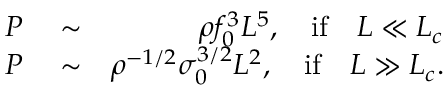
\begin{array} { r l r } { P } & { { } \sim } & { \rho f _ { 0 } ^ { 3 } L ^ { 5 } , \quad \mathrm { i f } \quad L \ll L _ { c } } \\ { P } & { { } \sim } & { \rho ^ { - 1 / 2 } \sigma _ { 0 } ^ { 3 / 2 } L ^ { 2 } , \quad \mathrm { i f } \quad L \gg L _ { c } . } \end{array}